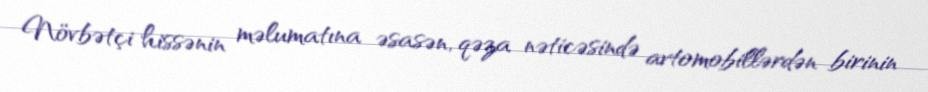
Növbətçi hissənin məlumatına əsasən, qəza nəticəsində avtomobillərdən birinin